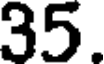
35.